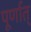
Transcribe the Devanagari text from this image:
पूर्णात्